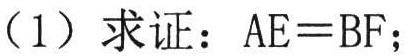
（1）求证：\(AE = BF\)；